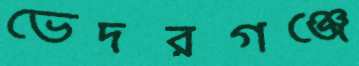
ভেদরগঞ্জে